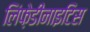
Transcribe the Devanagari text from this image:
लिंफ़ेडीनाइटिस